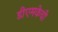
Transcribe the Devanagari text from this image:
डीएमकेची